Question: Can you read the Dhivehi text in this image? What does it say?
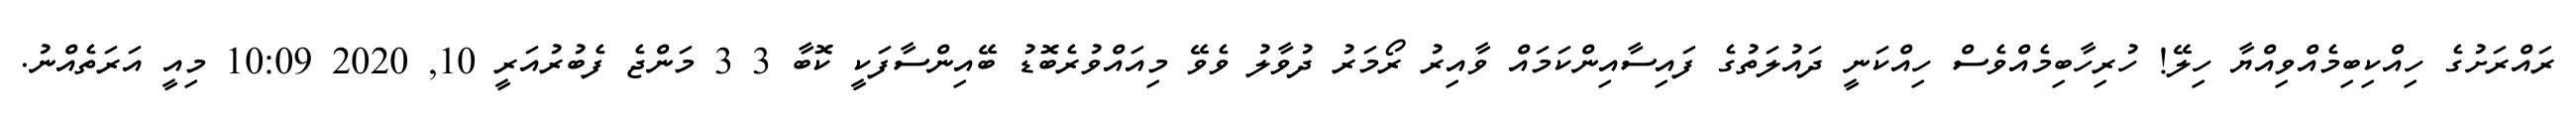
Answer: ރައްރަށުގެ ހިއްކިބިމެއްވިއްޔާ ހިލޭ! ހުރިހާބިމެއްވެސް ހިއްކަނީ ދައުލަތުގެ ފައިސާއިންކަމައް ވާއިރު ރޯމަރު ދުވާލު ވެވޭ މިއައްވުރެބޮޑު ބޭއިންސާފަކީ ކޮބާ 3 3 މަންޖެ ފެބުރުއަރީ 10, 2020 10:09 މިއީ އަރަތެއްނު.